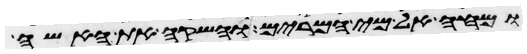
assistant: ומחה אל מי המרים והשקה את האשה